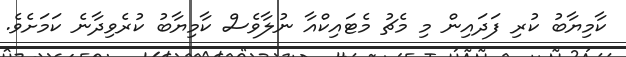
ކާމިޔާބު ކުރި ފަދައިން މި މެޗު މެޓައިކްއާ ނުލާވެސް ކާމިޔާބު ކުރެވިދާނެ ކަމަށެވެ.